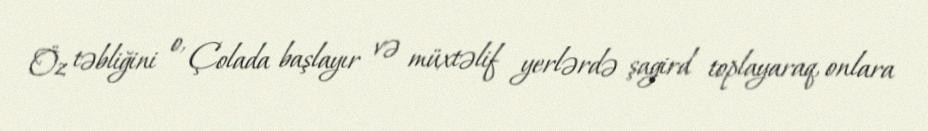
Öz təbliğini o, Çolada başlayır və müxtəlif yerlərdə şagird toplayaraq, onlara